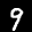
Label: 9